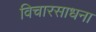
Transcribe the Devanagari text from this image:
विचारसाधना